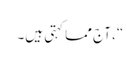
“، آج مما کہتی ہیں۔